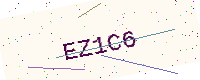
Text: EZ1C6